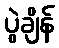
ပွဲချိန်